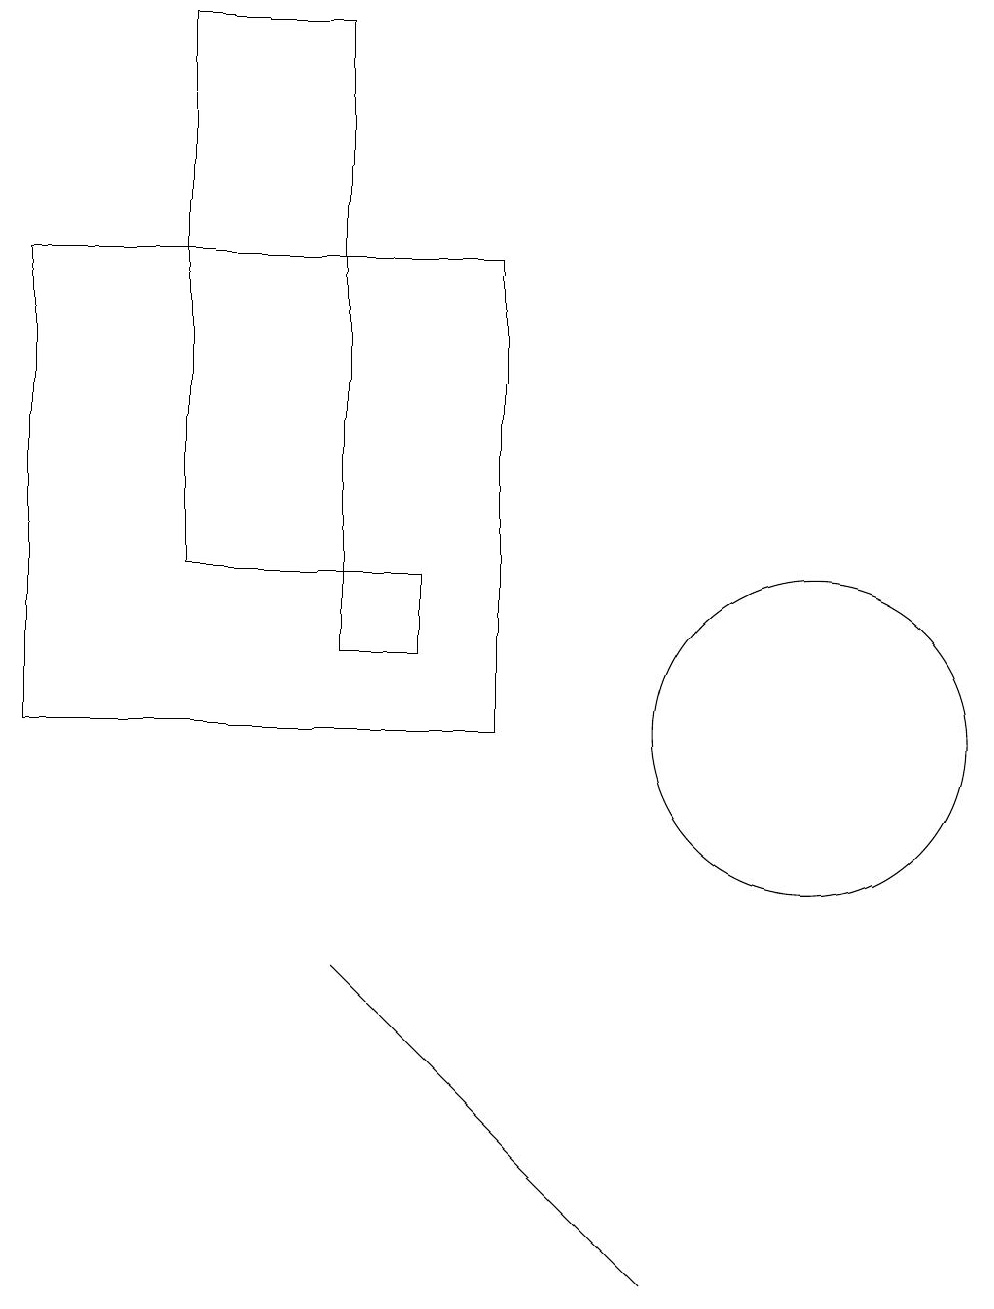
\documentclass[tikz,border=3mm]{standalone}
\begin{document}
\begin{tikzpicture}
\draw (8,3) -- (4,7) -- (7,4) -- cycle;
\draw (6,10) rectangle (0,16);
\draw (10,10) circle (2);
\draw (2,12) rectangle (4,19);
\draw (5,12) rectangle (4,11);
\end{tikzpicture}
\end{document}